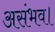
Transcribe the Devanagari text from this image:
असंभव।